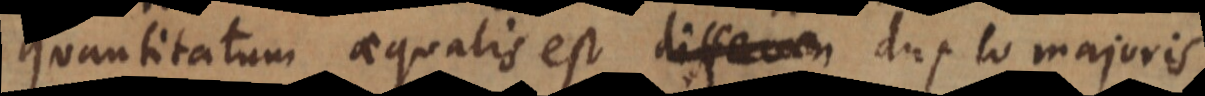
quantitatum aequalis est differen duplo majoris.